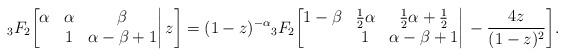
LaTeX: \begin{align*}{}_3F_2\bigg[\begin{matrix}\alpha&\alpha&\beta\\&1&\alpha-\beta+1\end{matrix}\bigg|\,z\bigg]=(1-z)^{-\alpha}{}_3F_2\bigg[\begin{matrix}1-\beta&\frac12\alpha&\frac12\alpha+\frac12\\&1&\alpha-\beta+1\end{matrix}\bigg|\,-\frac{4z}{(1-z)^2}\bigg].\end{align*}